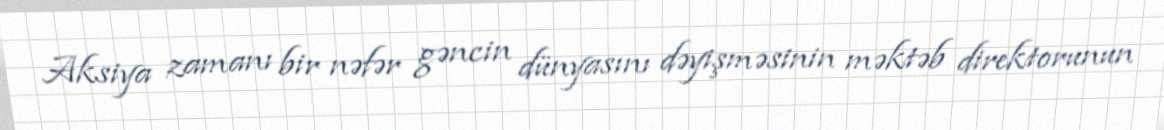
Aksiya zamanı bir nəfər gəncin dünyasını dəyişməsinin məktəb direktorunun